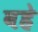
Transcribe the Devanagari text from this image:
वहे